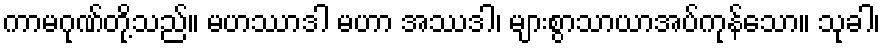
ကာမဂုဏ်တို့သည်။ မဟဿာဒါ မဟာ အဿဒါ၊ များစွာသာယာအပ်ကုန်သော။ သုခါ၊